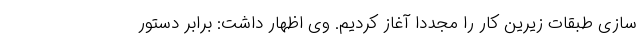
سازی طبقات زیرین کار را مجددا آغاز کردیم. وی اظهار داشت: برابر دستور